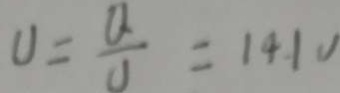
U = \frac { Q } { u } = 1 4 1 v